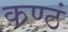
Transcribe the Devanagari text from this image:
कण्ठं